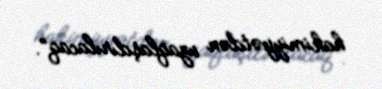
hakimiyyətdən uzaqlaşdırılacaq”.